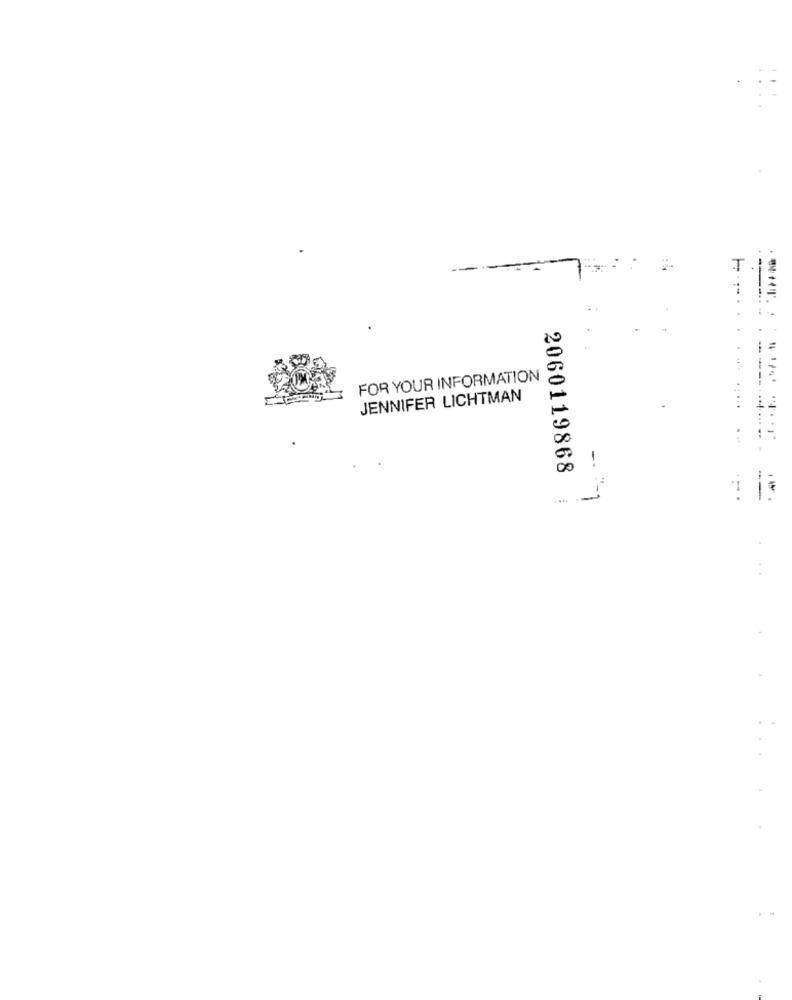
FOR YOUR INFORMATION
JENNIFER LICHTMAN
--.....- -
--
2060119868
.... .
--..
--